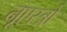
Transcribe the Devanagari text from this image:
नूएस्त्रो